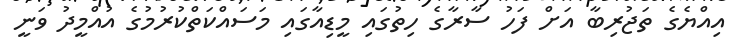
އިއްޔެގެ ތަޖުރިބާ އަށް ފަހު ސާރާގެ ހިތުގައި މީޑިއާގައި މަސައްކަތްކުރުމުގެ އުއްމީދު ވަނީ